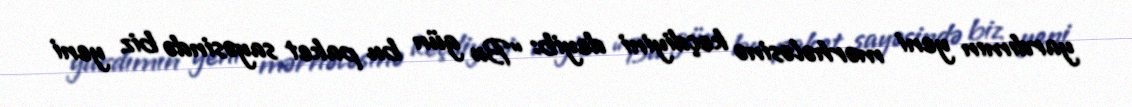
yardımın yeni mərhələsinə keçdiyini deyib: “Bu gün bu paket sayəsində biz yeni